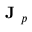
\textbf { J } _ { p }